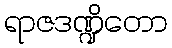
ရာဇဒဏ္ဍိတော